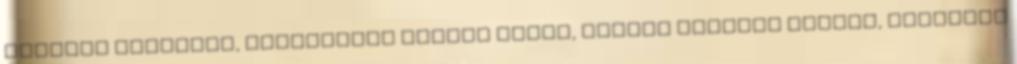
jellegű döntését, elfogadják Jézust annak, akinek önmagát mondja, átlépnek